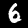
Digit: 6